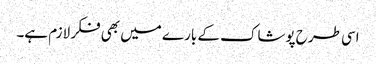
اسی طرح پوشاک کے بارے میں بھی فکر لازم ہے۔